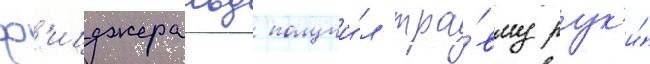
ф'ицджеральд получи́л тра́вму рук'и́